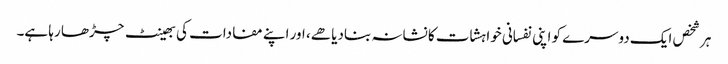
ہر شخص ایک دوسرے کو اپنی نفسانی خواہشات کا نشانہ بنادیا هے، اور اپنے مفادات کی بھینٹ چڑھا رہا ہے۔